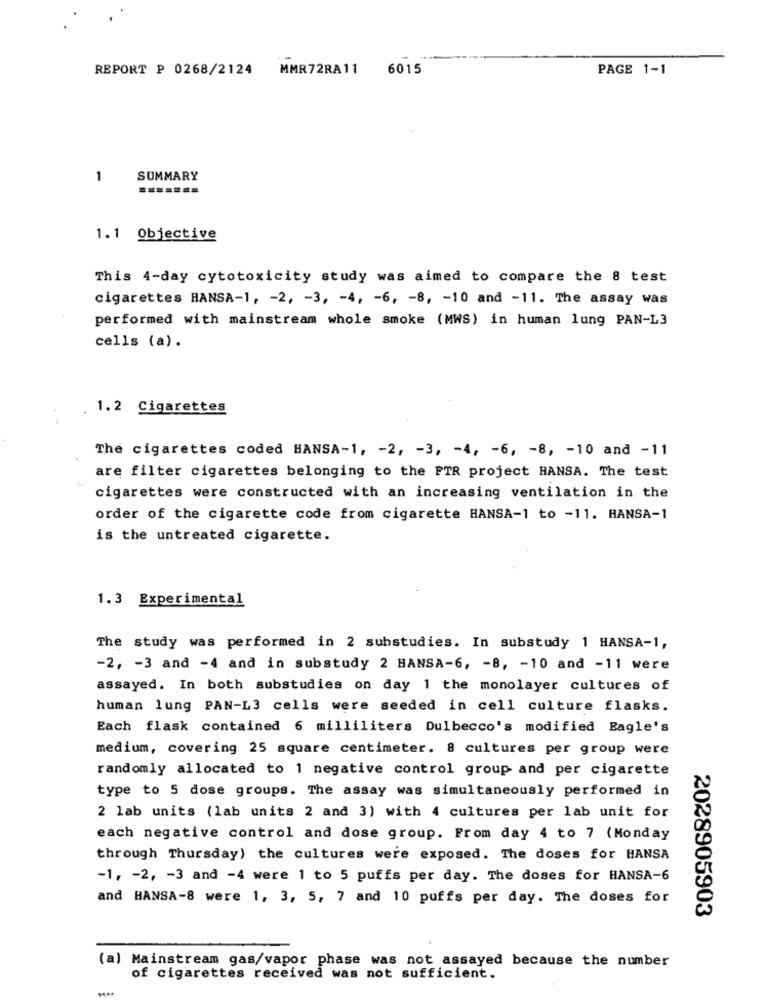
REPORT P 0268/2124 MMR72RA11
6015
PAGE 1-1
1
SUMMARY
1.1 Objective
This 4-day cytotoxicity study was aimed to compare the 8 test
cigarettes HANSA-1, - 2, - 3, - 4, - 6, - 8, - 10 and -11. The assay was
performed with mainstream whole smoke (MWS) in human lung PAN-L3
cells (a).
1.2 Cigarettes
The cigarettes coded HANSA-1, - 2, - 3, - 4, - 6, - 8, - 10 and -11
are filter cigarettes belonging to the FTR project HANSA. The test
cigarettes were constructed with an increasing ventilation in the
order of the cigarette code from cigarette HANSA-1 to -11. HANSA-1
is the untreated cigarette.
1.3 Experimental
The study was performed in 2 substudies. In substudy 1 HANSA-1,
-2, - 3 and -4 and in substudy 2 HANSA-6, - 8, - 10 and -11 were
assayed. In both substudies on day 1 the monolayer cultures of
human lung PAN-L3 cells were seeded in cell culture flasks.
Each flask contained 6 milliliters Dulbecco's modified Eagle's
medium, covering 25 square centimeter. 8 cultures per group were
randomly allocated to 1 negative control group and per cigarette
type to 5 dose groups. The assay was simultaneously performed in
2 lab units (lab units 2 and 3) with 4 cultures per lab unit for
each negative control and dose group. From day 4 to 7 (Monday
through Thursday) the cultures were exposed. The doses for HANSA
-1, - 2, - 3 and -4 were 1 to 5 puffs per day. The doses for HANSA-6
and HANSA-8 were 1, 3, 5, 7 and 10 puffs per day. The doses for
2028905903
(a) Mainstream gas/vapor phase was not assayed because the number
of cigarettes received was not sufficient.